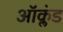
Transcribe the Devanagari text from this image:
ऑक्लंड